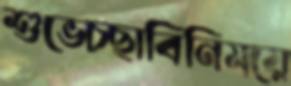
শুভেচ্ছাবিনিময়ে